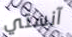
آنستي